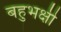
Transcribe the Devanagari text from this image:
बहुभक्षी